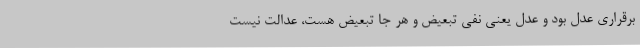
برقراری عدل بود و عدل یعنی نفی تبعیض و هر جا تبعیض هست، عدالت نیست